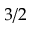
3 / 2